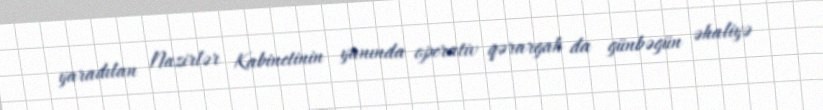
yaradılan Nazirlər Kabinetinin yanında operativ qərargah da günbəgün əhaliyə